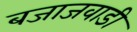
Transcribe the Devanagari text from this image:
बजाजवाडी